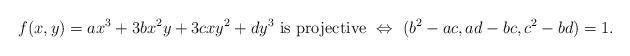
LaTeX: \begin{align*}f(x,y)=ax^3+3bx^2y+3cxy^2+dy^3 \mbox{ is {projective} } \Leftrightarrow~(b^2-ac,ad-bc,c^2-bd)=1.\end{align*}